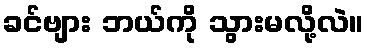
ခင်ဗျား ဘယ်ကို သွားမလို့လဲ။